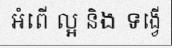
អំពើ ល្អ និង ទង្វើ